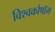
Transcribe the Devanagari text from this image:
विश्वकोषॉम